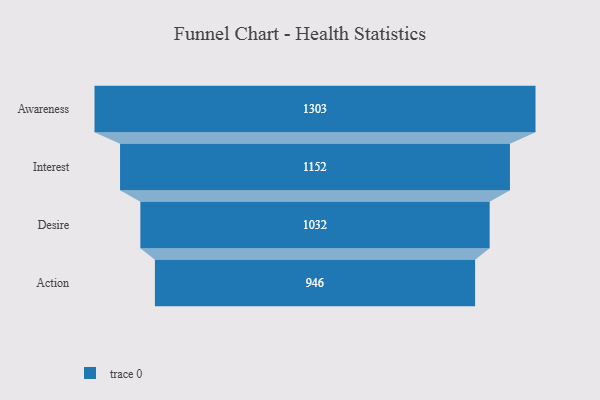
{"axis": {"x": "Stage", "y": "Value"}, "legend": [""], "data": [{"x": "Awareness", "y": 1303.0, "type": ""}, {"x": "Interest", "y": 1152.0, "type": ""}, {"x": "Desire", "y": 1032.0, "type": ""}, {"x": "Action", "y": 946.0, "type": ""}]}